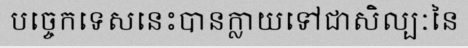
បច្ចេកទេសនេះបានក្លាយទៅជាសិល្បៈនៃ